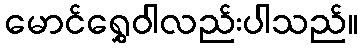
မောင်ရွှေဝါလည်းပါသည်။